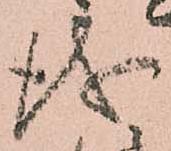
儀